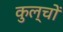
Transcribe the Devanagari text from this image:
कुल्चों